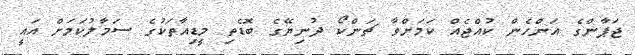
ޖަޕާންގެ އަންހެން ކުއްޖެއް ކަމަށްވާ ޗަންކޯ ދުނިޔޭގެ ބޮޑެތި މީޑިއާތަކުގެ ސަމާލުކަމަށް އައީ